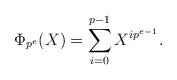
\begin{align*}\Phi_{p^e}(X) = \sum_{i=0}^{p-1} X^{ip^{e-1}}.\end{align*}